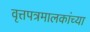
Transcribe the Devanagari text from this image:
वृत्तपत्रमालकांच्या